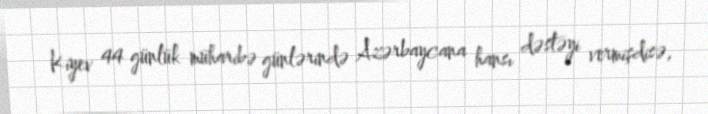
Kiyev 44 günlük müharibə günlərində Azərbaycana hansı dəstəyi vermişdisə,